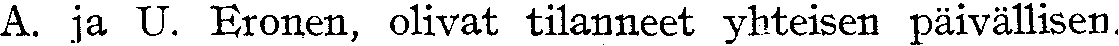
A. ja U. Eronen, olivat tilanneet yhteisen päivällisen.